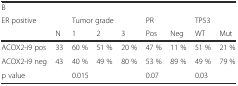
| <COLSPAN=9> B |
 | ER positive |  | <COLSPAN=3> Tumor grade | <COLSPAN=2> PR | <COLSPAN=2> TP53 |
 |  | N | 1 | 2 | 3 | Pos | Neg | WT | Mut |
 | --- | --- | --- | --- | --- | --- | --- | --- | --- |
 | ACOX2-i9 pos | 33 | 60 % | 51 % | 20 % | 47 % | 11 % | 51 % | 21 % |
 | ACOX2-i9 neg | 43 | 40 % | 49 % | 80 % | 53 % | 89 % | 49 % | 79 % |
 | p value |  | <COLSPAN=3> 0.015 | <COLSPAN=2> 0.07 | <COLSPAN=2> 0.03 |